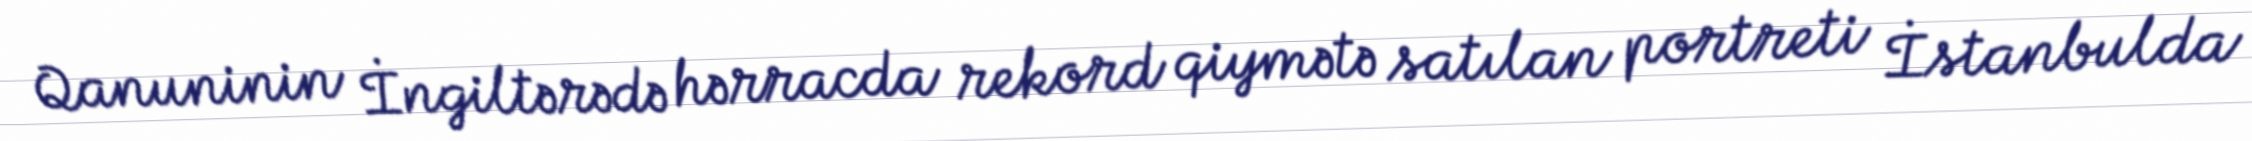
Qanuninin İngiltərədə hərracda rekord qiymətə satılan portreti İstanbulda